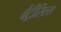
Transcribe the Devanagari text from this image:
बेंट्रीसिल्स